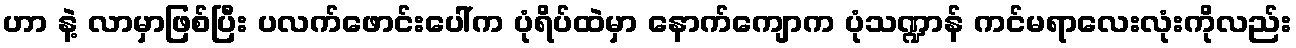
ဟာ နဲ့ လာမှာဖြစ်ပြီး ပလက်ဖောင်းပေါ်က ပုံရိပ်ထဲမှာ နောက်ကျောက ပုံသဏ္ဍာန် ကင်မရာလေးလုံးကိုလည်း